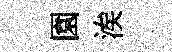
園涘